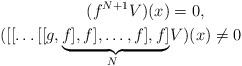
LaTeX: \begin{align*}(f^{N+1} V)(x)&=0,\; \\([[\ldots [[g,\underbrace{f],f],\ldots ,f],f]}_{N\, \, \, \, }&V)(x)\ne 0\; \end{align*}